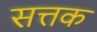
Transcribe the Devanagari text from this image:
सत्तक